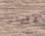
الإقرار